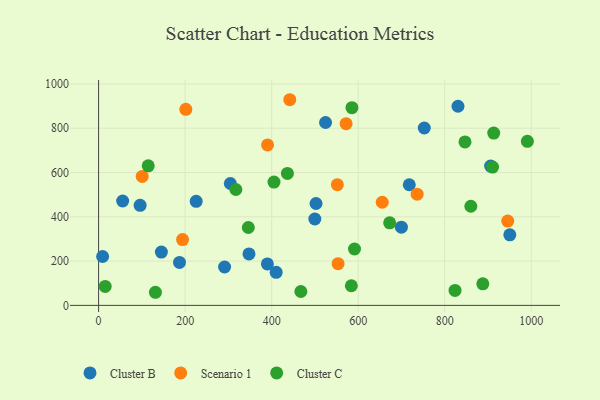
{"axis": {"x": "Investment", "y": "Profit"}, "legend": ["Cluster B", "Cluster C", "Scenario 1"], "data": [{"x": "830.7", "y": 899.4, "type": "Cluster B"}, {"x": "752.8", "y": 801.1, "type": "Cluster B"}, {"x": "950.5", "y": 318.6, "type": "Cluster B"}, {"x": "499.8", "y": 390.1, "type": "Cluster B"}, {"x": "347.6", "y": 232.3, "type": "Cluster B"}, {"x": "410.4", "y": 149.2, "type": "Cluster B"}, {"x": "145.1", "y": 240.9, "type": "Cluster B"}, {"x": "9.3", "y": 220.7, "type": "Cluster B"}, {"x": "96.0", "y": 452.0, "type": "Cluster B"}, {"x": "304.5", "y": 550.5, "type": "Cluster B"}, {"x": "524.6", "y": 826.0, "type": "Cluster B"}, {"x": "291.2", "y": 173.4, "type": "Cluster B"}, {"x": "187.0", "y": 193.9, "type": "Cluster B"}, {"x": "502.6", "y": 460.2, "type": "Cluster B"}, {"x": "699.9", "y": 353.4, "type": "Cluster B"}, {"x": "55.6", "y": 471.4, "type": "Cluster B"}, {"x": "906.2", "y": 629.1, "type": "Cluster B"}, {"x": "390.1", "y": 187.4, "type": "Cluster B"}, {"x": "718.1", "y": 544.8, "type": "Cluster B"}, {"x": "225.6", "y": 470.0, "type": "Cluster B"}, {"x": "736.3", "y": 502.4, "type": "Scenario 1"}, {"x": "201.6", "y": 885.6, "type": "Scenario 1"}, {"x": "551.9", "y": 545.0, "type": "Scenario 1"}, {"x": "194.1", "y": 297.0, "type": "Scenario 1"}, {"x": "441.9", "y": 928.8, "type": "Scenario 1"}, {"x": "572.1", "y": 820.8, "type": "Scenario 1"}, {"x": "945.7", "y": 380.8, "type": "Scenario 1"}, {"x": "100.8", "y": 582.3, "type": "Scenario 1"}, {"x": "553.6", "y": 188.3, "type": "Scenario 1"}, {"x": "655.6", "y": 465.7, "type": "Scenario 1"}, {"x": "390.5", "y": 724.8, "type": "Scenario 1"}, {"x": "15.2", "y": 85.4, "type": "Cluster C"}, {"x": "913.3", "y": 778.0, "type": "Cluster C"}, {"x": "584.2", "y": 88.6, "type": "Cluster C"}, {"x": "436.4", "y": 596.0, "type": "Cluster C"}, {"x": "823.9", "y": 67.5, "type": "Cluster C"}, {"x": "405.4", "y": 556.9, "type": "Cluster C"}, {"x": "860.4", "y": 447.7, "type": "Cluster C"}, {"x": "910.6", "y": 624.8, "type": "Cluster C"}, {"x": "846.9", "y": 738.4, "type": "Cluster C"}, {"x": "991.1", "y": 740.8, "type": "Cluster C"}, {"x": "888.1", "y": 97.3, "type": "Cluster C"}, {"x": "672.8", "y": 372.8, "type": "Cluster C"}, {"x": "591.5", "y": 254.6, "type": "Cluster C"}, {"x": "131.3", "y": 59.2, "type": "Cluster C"}, {"x": "317.3", "y": 523.4, "type": "Cluster C"}, {"x": "114.7", "y": 630.3, "type": "Cluster C"}, {"x": "585.6", "y": 892.8, "type": "Cluster C"}, {"x": "467.5", "y": 62.7, "type": "Cluster C"}, {"x": "346.1", "y": 351.7, "type": "Cluster C"}]}